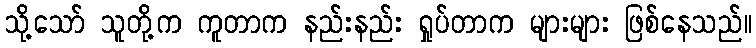
သို့သော် သူတို့က ကူတာက နည်းနည်း ရှုပ်တာက များများ ဖြစ်နေသည်။